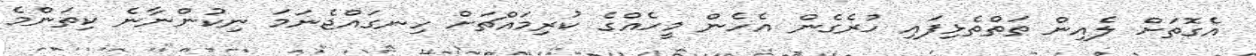
އެގޮތަށް ލެއިން ތަތްތެޅިފައި ހުރެގެން އެހެން މީހެއްގެ ކުރިމައްޗަށް ހިނގައްޖެނަމަ ނިކުންނާނެ ކިތަންމެ